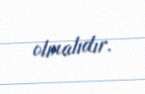
olmalıdır.